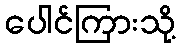
ပေါင်ကြားသို့